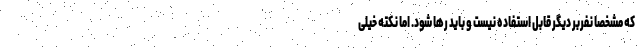
که مشخصا نفربر دیگر قابل استفاده نیست و باید رها شود. اما نکته خیلی